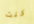
كنت